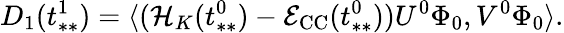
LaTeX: D_{1}(t_{**}^{1})=\langle(\mathcal{H}_{K}(t_{**}^{0})-\mathcal{E}_{\mathrm{CC}}(t_{**}^{0}))U^{0}\Phi_{0},V^{0}\Phi_{0}\rangle.